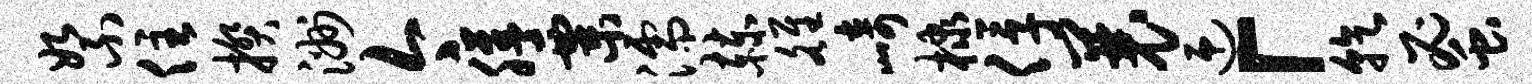
絮住揆洲今膳粟濡赫雒崎棣俘曩迎「乾蜜